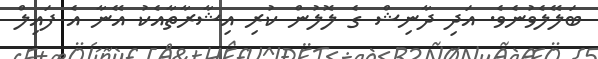
ބަލޭލެވުނެވެ. އަދި ދާނިޝް ގެ ލޮލުން ކުރި އިޝާރާތާއެކު އޭނާ އެ ފައިލް